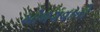
ઓળગવાનો